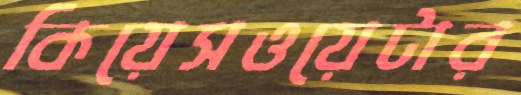
কিয়েসওয়েটার